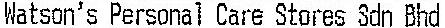
WATSON'S PERSONAL CARE STORES SDN BHD